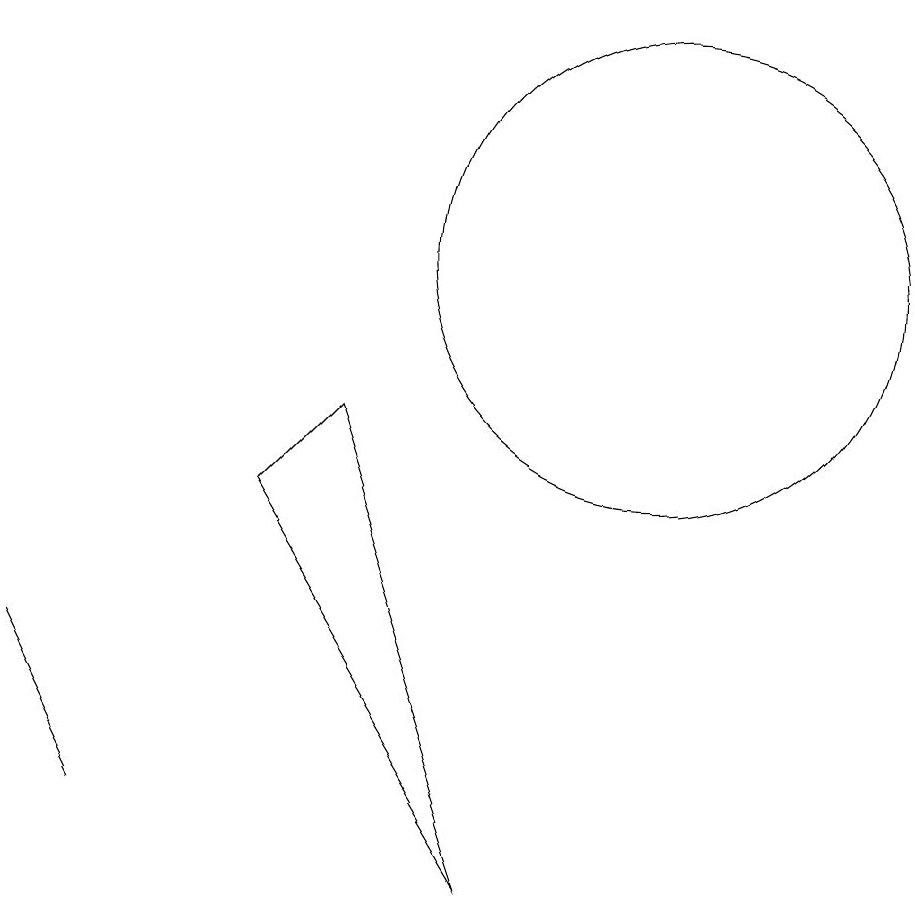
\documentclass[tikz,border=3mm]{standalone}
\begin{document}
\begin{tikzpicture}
\draw (6,8) -- (7,9) -- (9,3) -- cycle;
\draw (3,6) -- (4,4) -- (4,4) -- cycle;
\draw (11,11) circle (3);
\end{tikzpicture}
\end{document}